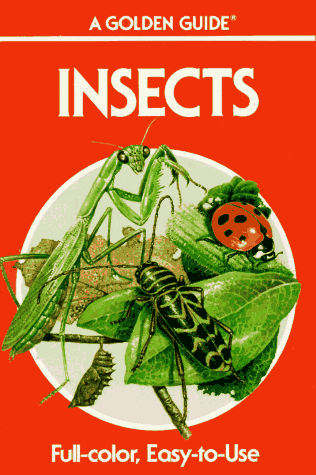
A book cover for Insects: A Guide to Familiar American Insects (Golden Guides); Herbert Spencer Zim; Sports & Outdoors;